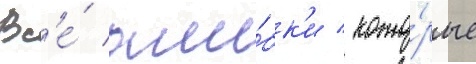
Вс'е́ оши́бк'и / кото́рые